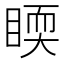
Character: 𥈇